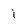
Character: i